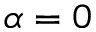
\alpha = 0